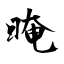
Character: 晻